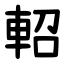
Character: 軺